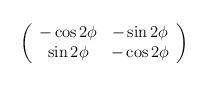
LaTeX: \begin{align*}\left( \begin{array}{cc}-\cos 2\phi & -\sin 2 \phi \\\sin 2 \phi & -\cos 2 \phi\end{array} \right)\end{align*}